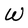
Character: W